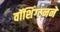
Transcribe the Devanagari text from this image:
वॉशिंग्टनने